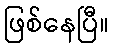
ဖြစ်နေပြီ။